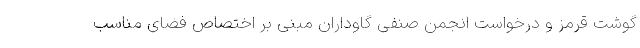
گوشت قرمز و درخواست انجمن صنفی گاوداران مبنی بر اختصاص فضای مناسب